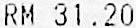
RM 31.20